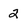
Character: 2